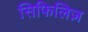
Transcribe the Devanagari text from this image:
सिफिलिज़